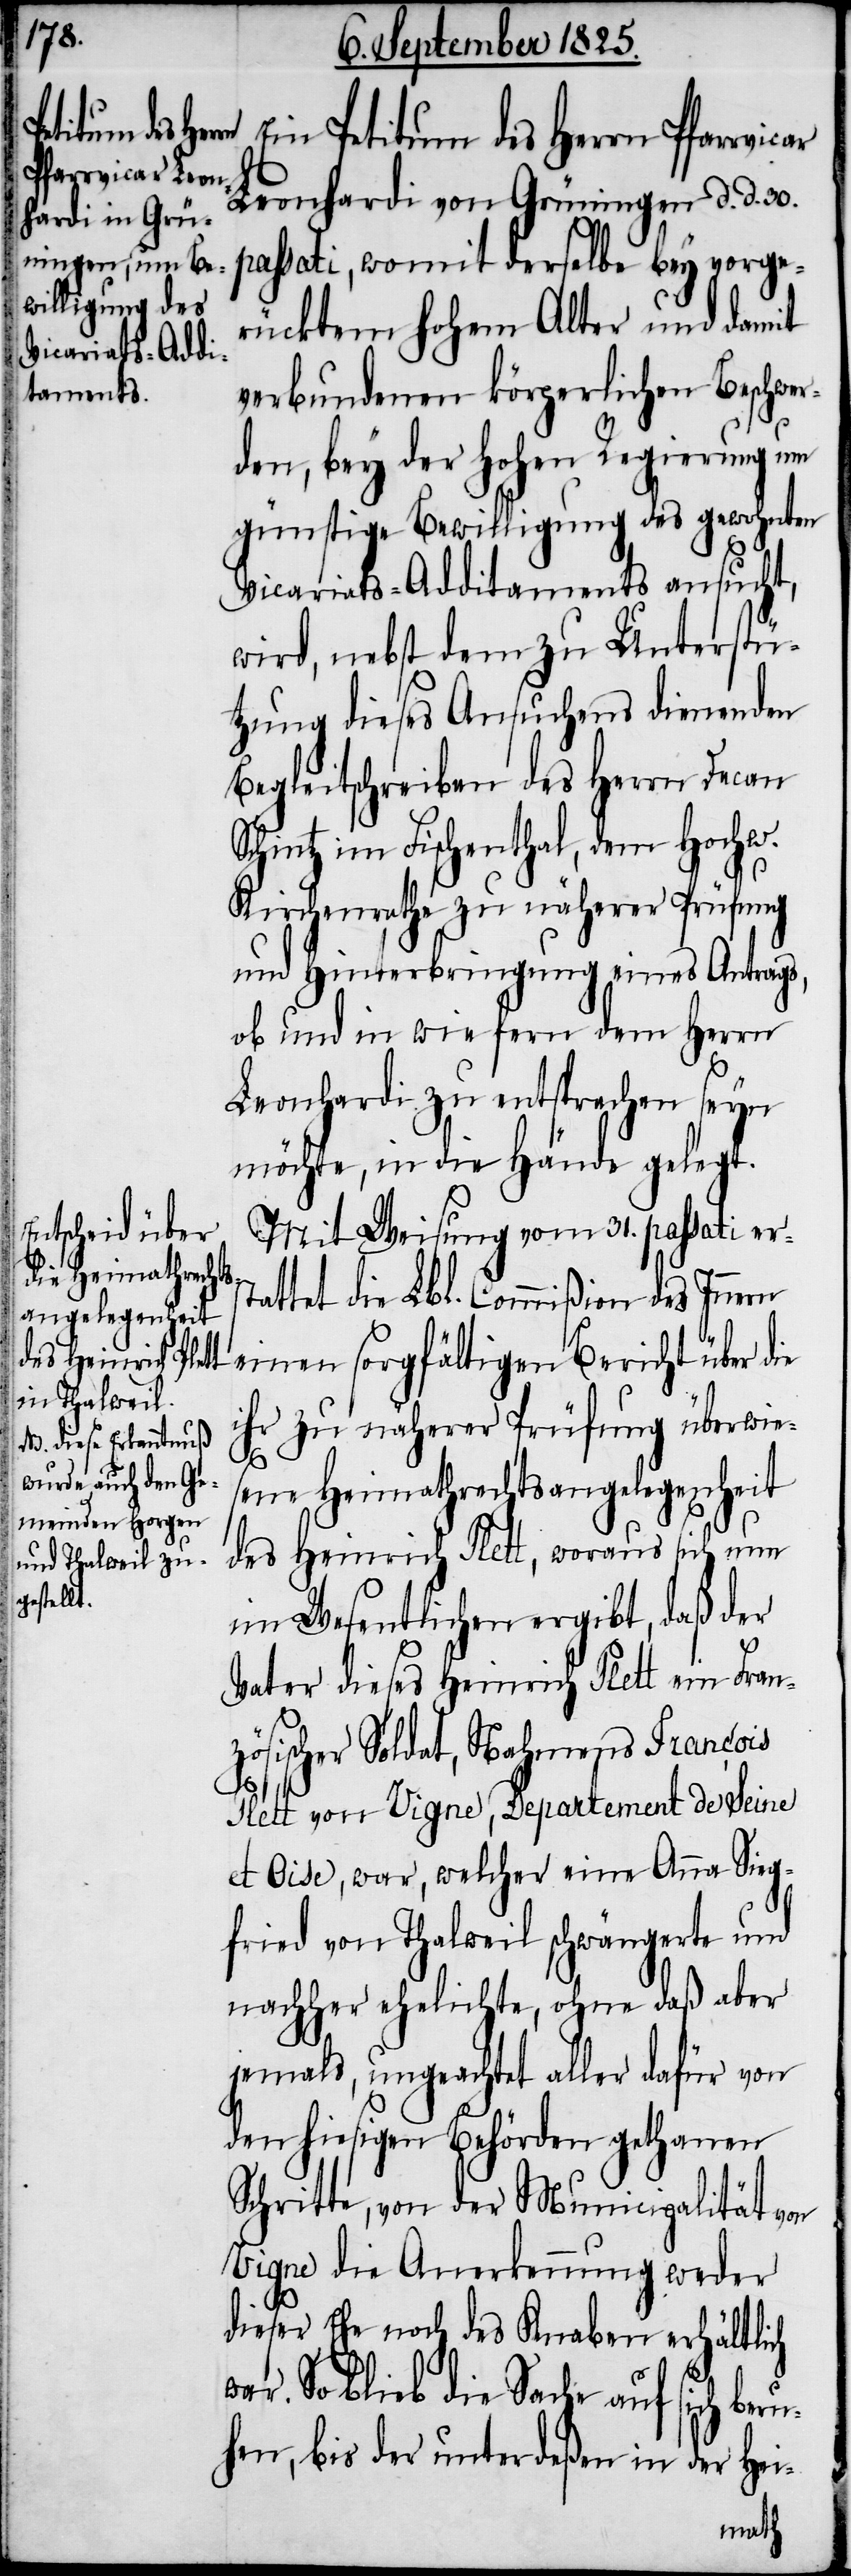
Ein Petitum des Herrn Pfarrvicar
Leonhardi von Grüningen d. d. 30.
passati, womit derselbe bey vorge¬
rücktem hohen Alter und damit
verbundenen körperlichen Beschwer¬
den, bey der hohen Regierung um
günstige Bewilligung des gewohnten
Vicariats-Additaments ansucht,
wird, nebst dem zu Unterstü¬
tzung dieses Ansuchens dienenden
Begleitschreiben des Herrn Decan
Schintz im Fischenthal, dem Hochw.
Kirchenrathe zu näherer Prüfung
und Hinterbringung eines Antrags,
ob und in wie fern dem Herrn
Leonhardi zu entsprechen seyn
möchte, in die Hände gelegt.
Mit Weisung vom 31. passati er¬
s¬
tattet die Lbl. Commißion des Inner¬
einen sorgfältigen Bericht über d¬
ihr zu näherer Prüfung überwies¬
ie
ene Heimathrechtsangelegenheit
des Heinrich Plett, woraus sich nur
im Wesentlichen ergibt, daß der
Vater dieses Heinrich Plett ein Fran¬
zösischer Soldat, Nahmens Francois
Plett von Vigne, Departement de Seine
et Oise, war, welcher eine Anna Sieg¬
fried von Thalweil schwängerte und
nachher ehelichte, ohne daß aber
jemals, ungeachtet aller dafür von
den hiesigen Behörden gethanen
Schritte, von der Municipalität von
Signe die Anerkennung weder
dieser Ehe noch des Knaben erhältlich
So blieb die Sache auf sich beru¬
hen, bis der unterdeßen in der Hei-